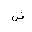
Letter: _dad